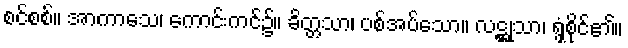
စင်စစ်။ အာကာသေ၊ ကောင်းကင်၌။ ခိတ္တသာ၊ ပစ်အပ်သော။ လဋ္ဌုသာ၊ ရွှံ့စိုင်၏။